Maa-_ja_perenaiste_seltsid, lk 16
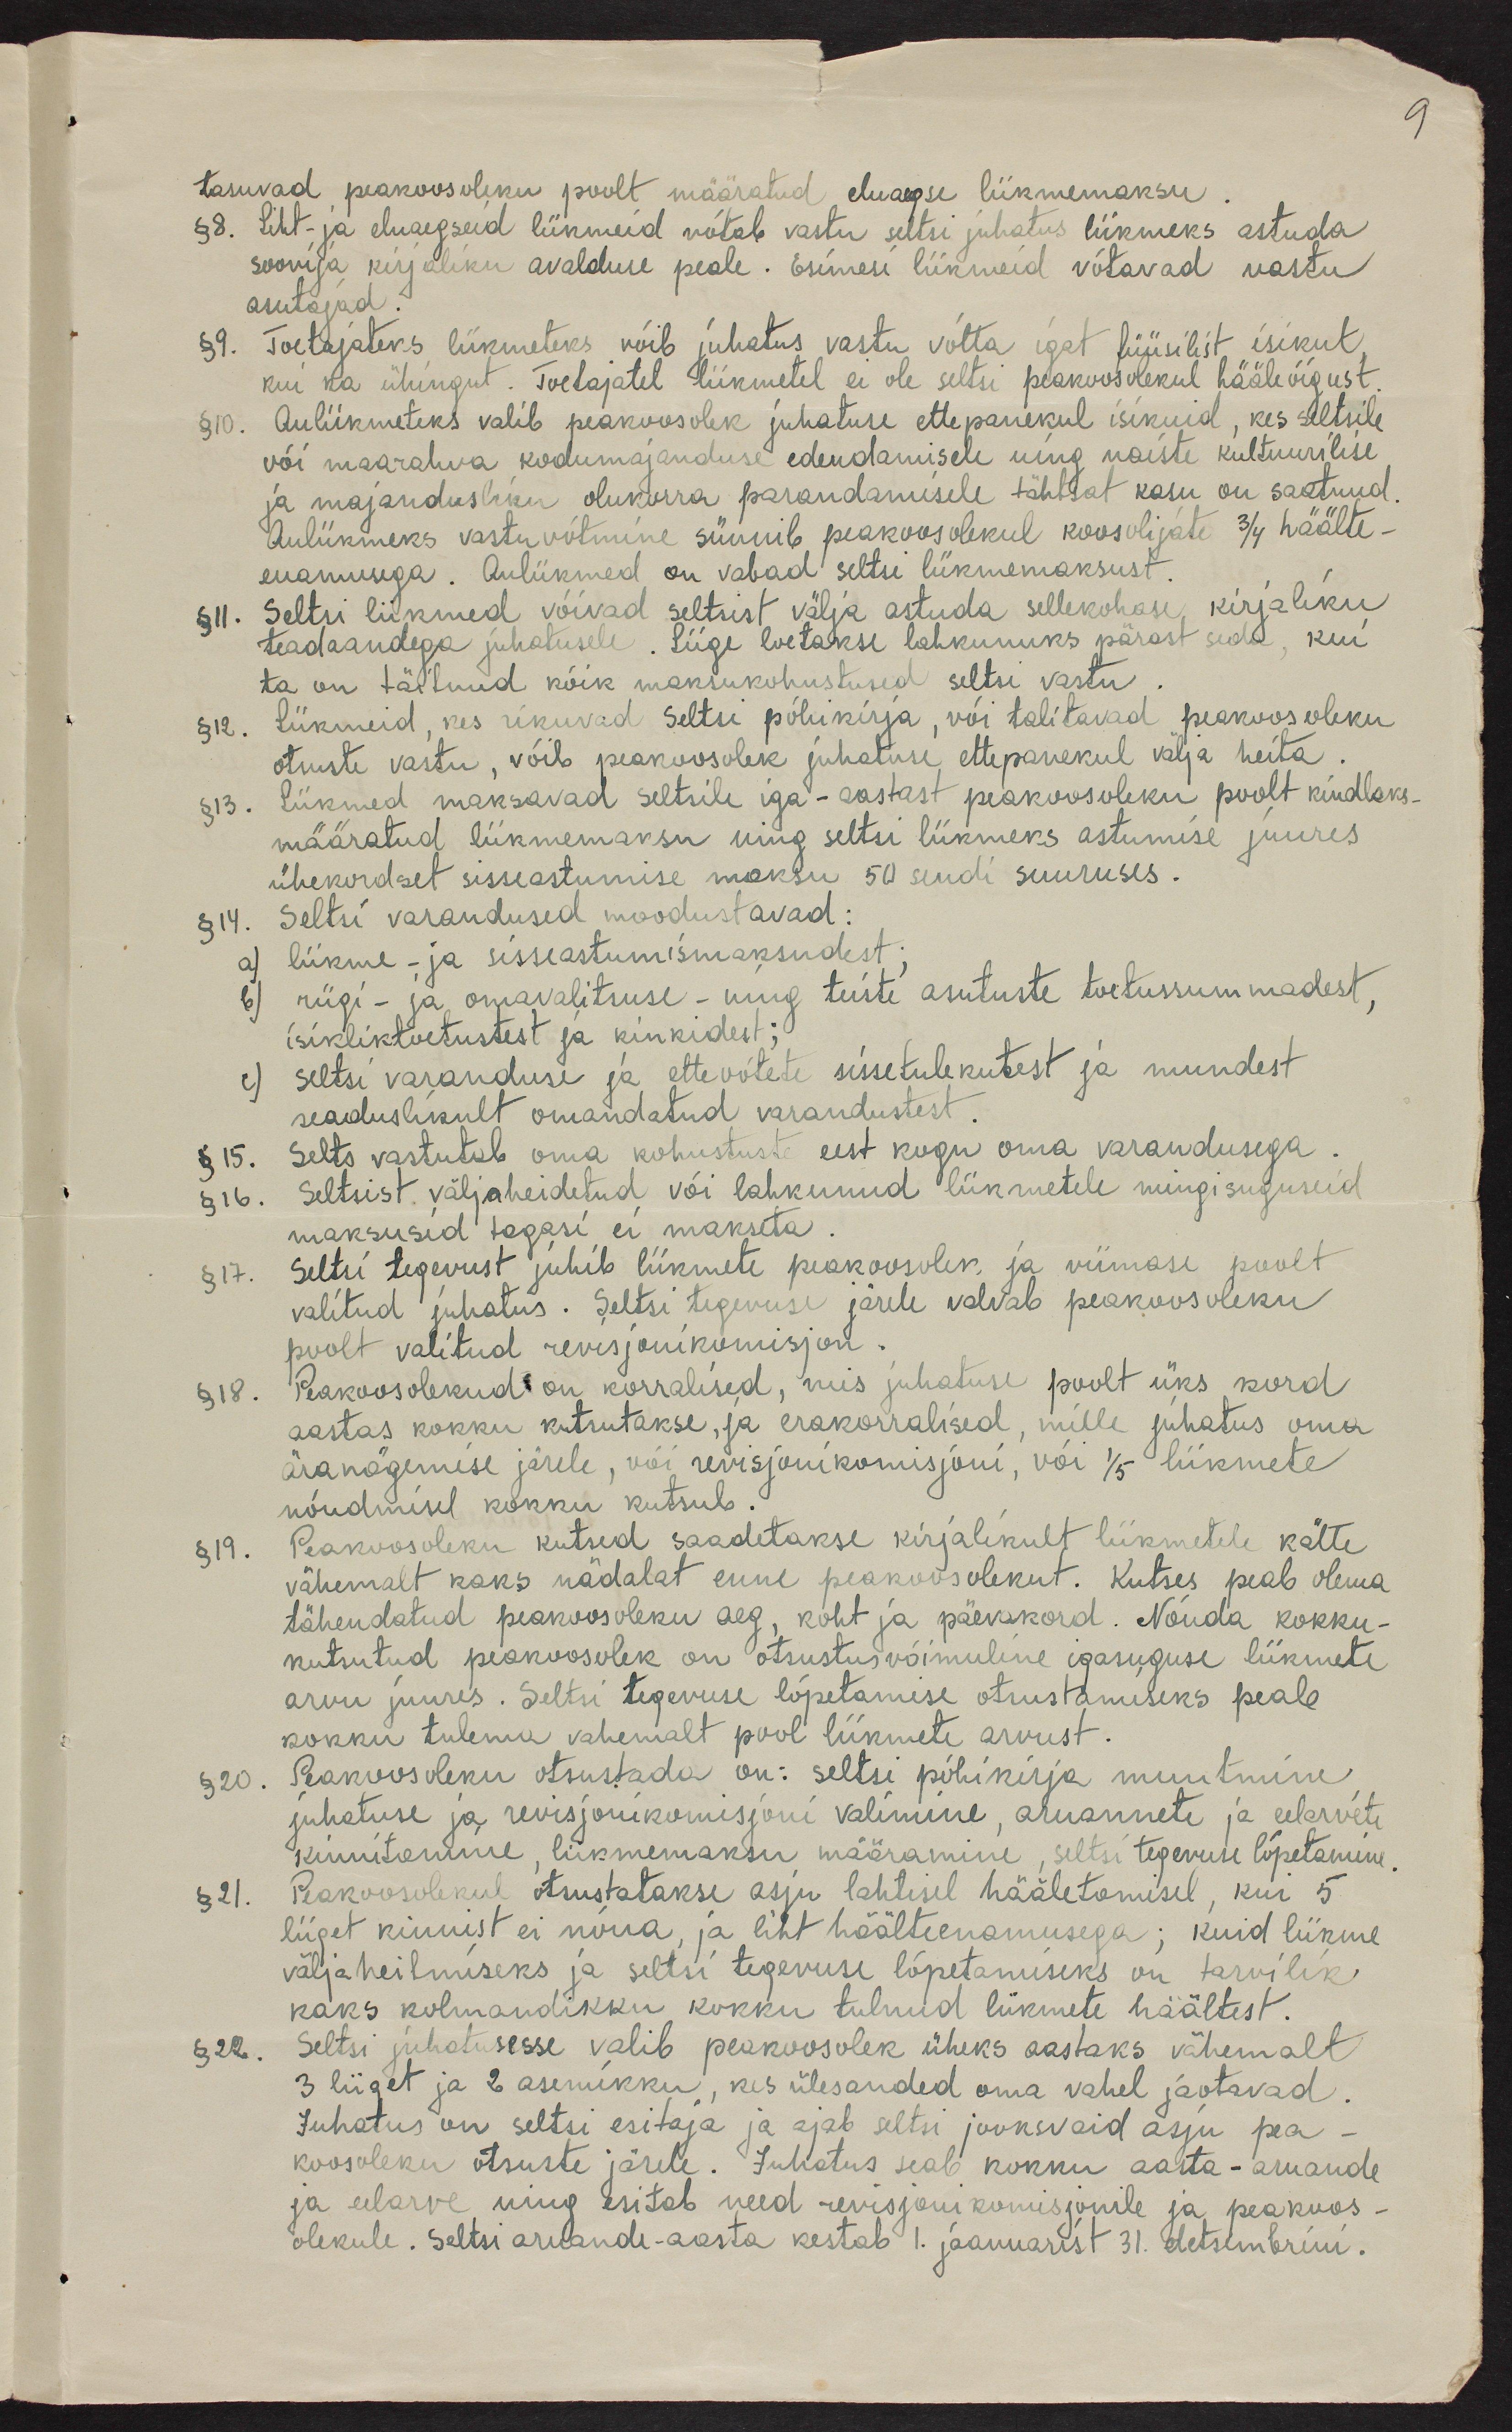
9

tasuvad peakoosoleku poolt määratud eluaegse liikmemaksu
§ 8. Liht- ja eluaegseid liikmeid võtab vastu seltsi juhatus liikmeks astuda
sooviga kirjaliku avalduse peale. Esimesi liikmeid võtavad vastu
asutajad.
§ 9. Toetajateks liikmeteks võib juhatus vastu võtta igat füüsilist isikut,
kui ka ühingut. Toetajatel liikmetel ei ole seltsi peakoosolekul hääleõigust.
§ 10. Auliikmeteks valib peakoosolek juhatuse ettepanekul isikuid, kes seltsile
või maarahva kodumajanduse edendamisele ning naiste kultuurilise
ja majandusliku olukorra parandamisele tähtsat kasu on saatnud
Auliikmeks vastu võtmine sünnib peakoosolekul koosolijate 3/4 häälte-
enamusega. Auliikmed on vabad seltsi liikmemaksust.
§ 11. Seltsi liikmed võivad seltsist välja astuda sellekohase, kirjaliku
teadaandega juhatusele. Liige loetakse lahkunuks pärast seda, kui
ta on täitnud kõik maksukohustused seltsi vastu.
§ 12. Liikmeid, kes rikuvad seltsi põhikirja, või talitavad peakoosoleku
otsuste vastu, võib peakoosolek juhatuse ettepanekul välja heita.
§ 13. Liikmed maksavad seltsile iga - aastast peakoosoleku poolt kindlaks,
määratud liikmemaksu ning seltsi liikmeks astumise juures
ühekordset sisseastumise maksu 50 sendi suuruses.
§ 14. Seltsi varandused moodustavad:
a) liikme - ja sisseastumismaksudest;
b) riigi- ja omavalitsuse - ning teiste asutuste toetussummadest,
isikliktoetustest ja kinkidest;
c) seltsi varanduse ja ettevõtete sissetulekutest ja muudest
seaduslikult omandatud varandustest
§ 15. Selts vastutab oma kohustuste eest kogu oma varandusega.
§ 16. Seltsist väljaheidatud või lahkunud liikmetele mingisuguseid
maksusid tagasi ei makseta.
§ 17. Seltsi tegevust juhib liikmete peakoosolek ja viimase poolt
valitud juhatus. Seltsi tegevuse järele valvab peakoosoleku
poolt valitud revisjonikomisjon
§ 18. Peakoosolekud on korralised, mis juhatuse poolt üks kord
aastas kokku kutsutakse, ja erakorralised, mille juhatus oma
äranägemise järele, või revisjonikomisjoni, või 1/5 liikmete
nõudmisel kokku kutsub.
§ 19. Peakoosoleku kutsed saadetakse kirjalikult liikmetele kätte
vähemalt kaks nädalat enne peakoosolekut. Kutses peab olema
tähendatud peakoosoleku aeg, koht ja päevakord. Nõnda kokku-
kutsutud peakoosolek on otsustusvõimeline igasuguse liikmete
arvu juures. Seltsi tegevuse lõpetamise otsustamiseks peab
kokku tulema vahemalt pool liikmete arvust.
§ 20. Peakoosoleku otsustada on: seltsi põhikirja muutmine,
juhatuse ja revisjonikomisjoni valimine, aruannete ja eelarvete
kinnitamine, liikmemaksu määramine, seltsi tegevuse lõpetamine.
§ 21. Peakoosolekul otsustatakse asju lahtisel hääletamisel, kui 5
liiget kinnist ei nõua, ja liht häälte enamusega; kuid liikme
väljaheitmiseks ja seltsi tegevuse lõpetamiseks on tarvilik.
kaks kolmandikku kokku tulnud liikmete häältest.
§ 22. Seltsi juhatusesse valib peakoosolek üheks aastaks vähemalt
3 liiget ja 2 asemikku, kes ülesanded oma vahel jaotavad
Juhatus on seltsi esitaja ja ajab seltsi jooksvaid asju pea-
koosoleku otsuste järele. Juhatus seab kokku aasta - aruande
ja elarve ning esitab need revisjonikomisjonile ja peakoos-
olekule. Seltsi aruande-aasta kestab 1. jaanuarist 31. detsembrini.